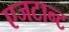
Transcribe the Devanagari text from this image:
एजटान्ट